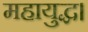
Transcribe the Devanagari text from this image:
महायुद्ध।